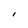
Character: I